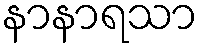
နာနာရသာ